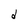
Character: d